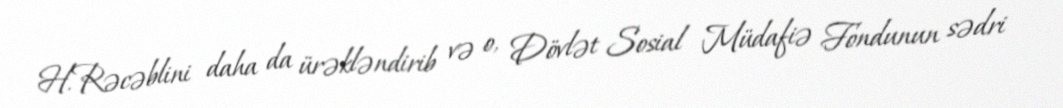
H.Rəcəblini daha da ürəkləndirib və o, Dövlət Sosial Müdafiə Fondunun sədri